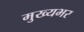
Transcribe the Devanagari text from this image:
मुख्यभर